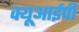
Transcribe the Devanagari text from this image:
क्यूआईपी